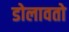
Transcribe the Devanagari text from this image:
डोलावतो